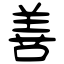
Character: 善